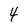
Character: 4